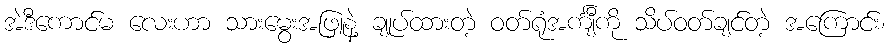
အဲဒီကောင်မ လေးဟာ သားမွေးအဖြူနဲ့ ချုပ်ထားတဲ့ ဝတ်ရုံအင်္ကျီကို သိပ်ဝတ်ချင်တဲ့ အကြောင်း၊